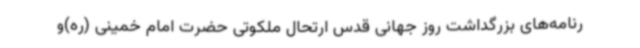
رنامه‌های بزرگداشت روز جهانی قدس ارتحال ملکوتی حضرت امام خمینی (ره)و